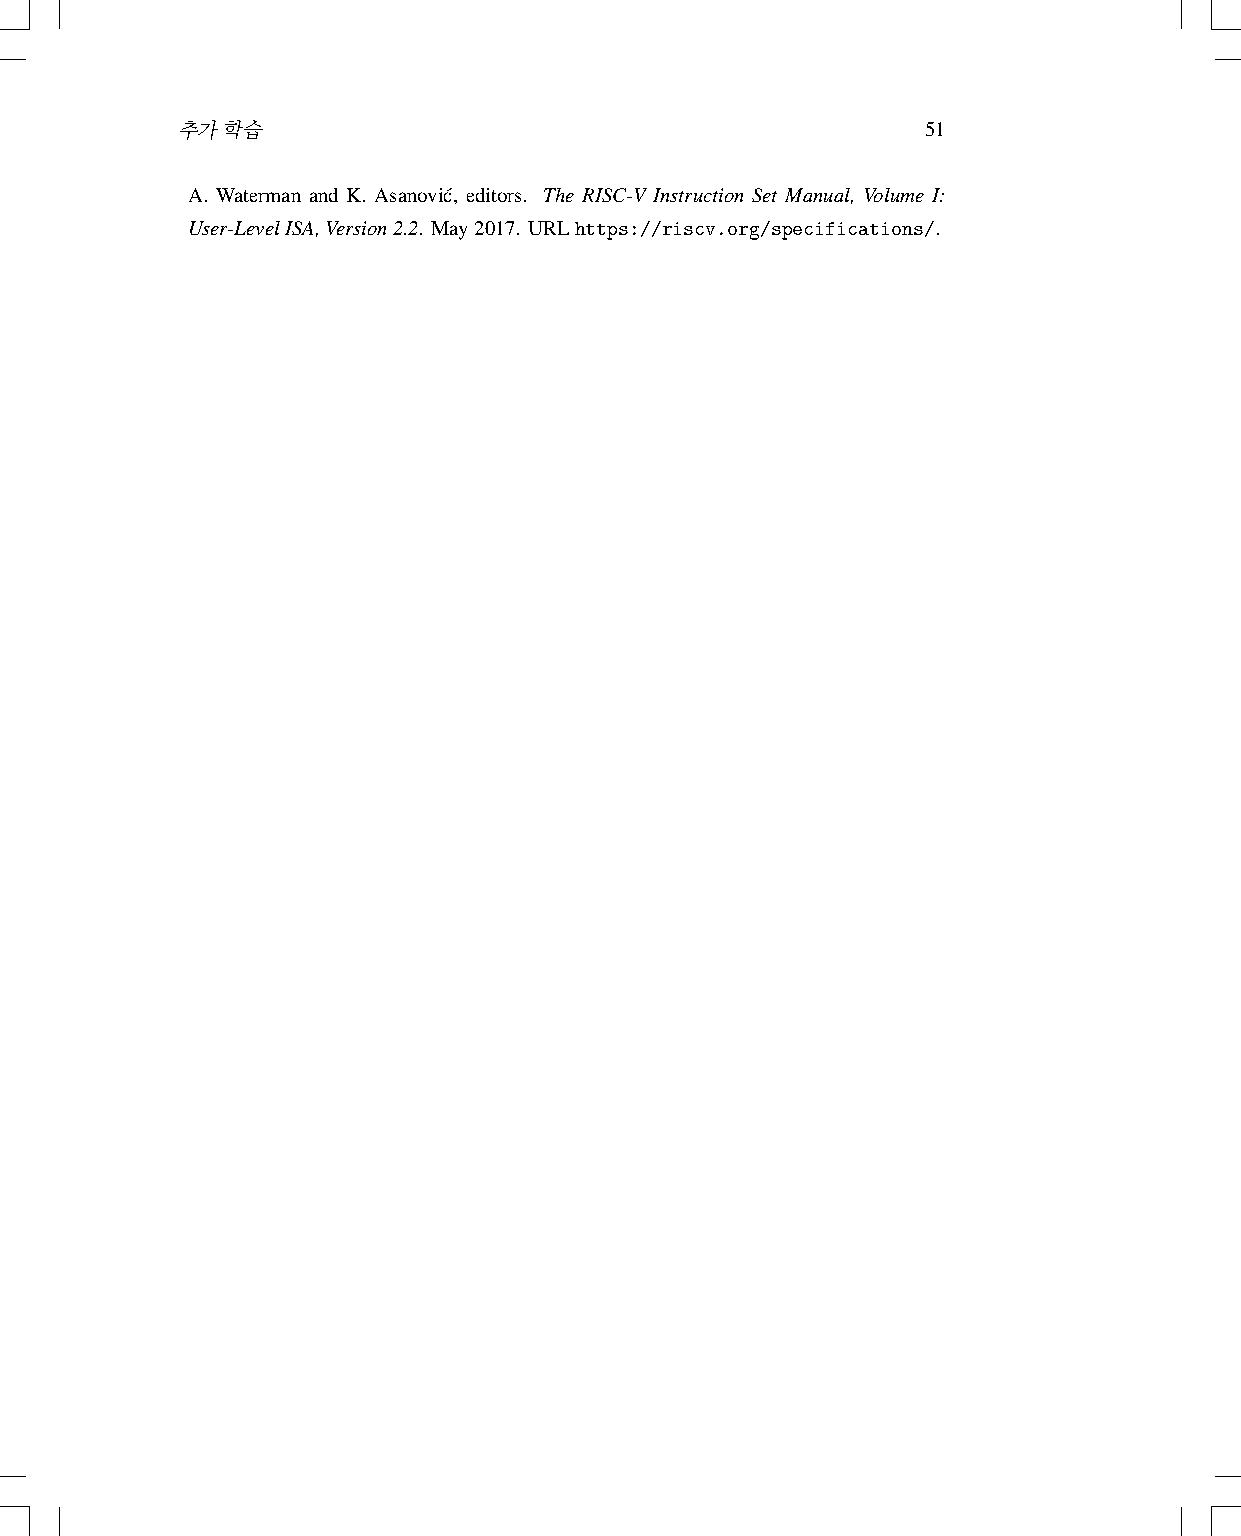
추가학습                                             51
 A. Waterman and K. Asanovic´, editors. The RISC-V Instruction Set Manual, Volume I:
 User-LevelISA,Version2.2. May2017. URLhttps://riscv.org/specifications/.